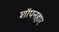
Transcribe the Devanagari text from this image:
शॉपनहार